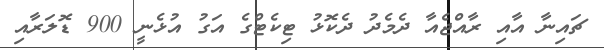
ޗައިނާ އާއި ރާއްޖެއާ ދެމެދު ދެކޮޅު ޓިކެޓްގެ އަގު އުޅެނީ 900 ޑޮލަރާއި